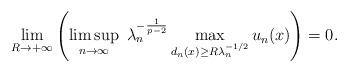
LaTeX: \begin{align*}\lim_{R \to +\infty} \left( \limsup_{n \to \infty} \ \lambda_n^{-\frac{1}{p-2}} \max_{d_n(x) \ge R \lambda_n^{-1/2}} u_n(x) \right) = 0.\end{align*}